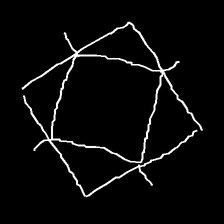
Glyph: light